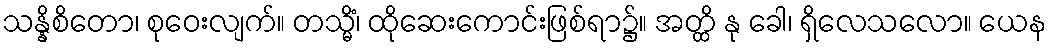
သန္နိစိတော၊ စုဝေးလျက်။ တသ္မိံ၊ ထိုဆေးကောင်းဖြစ်ရာ၌။ အတ္ထိ နု ခေါ၊ ရှိလေသလော။ ယေန